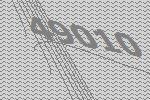
49010